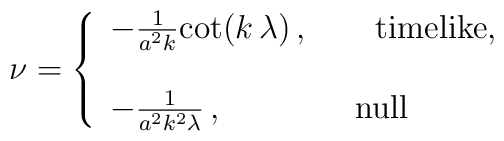
\nu=\left\{ \begin{array}{l} -\frac{1}{a^2k}{\cot}(k\,\lambda)\,,\qquad\mbox{timelike},\\ \\ -\frac{1}{a^2k^2\lambda}\,, \qquad\qquad\mbox{null}\end{array} \right.